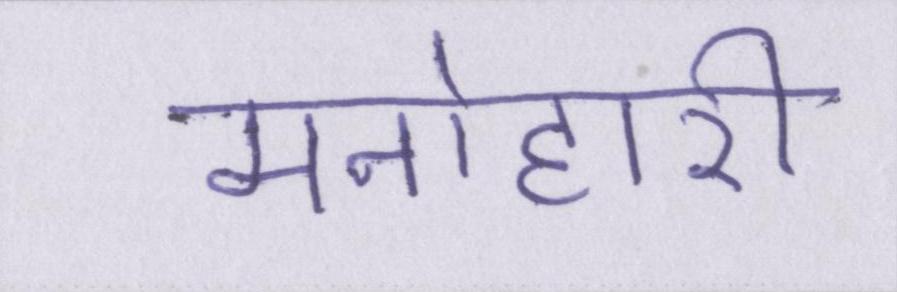
मनोहारी